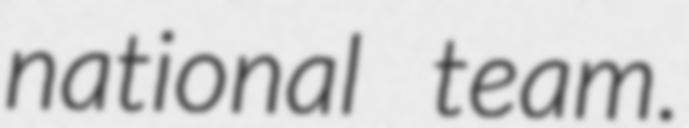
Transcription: national team.